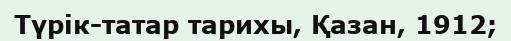
Түрік-татар тарихы, Қазан, 1912;